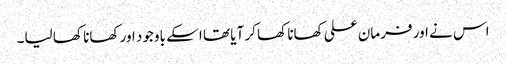
اس نے اور فرمان علی کھانا کھا کر آیا تھا اسکے باوجود اور کھانا کھا لیا۔